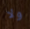
ولا